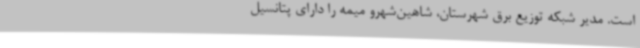
است. مدیر شبکه توزیع برق شهرستان، شاهین‌شهرو میمه را دارای پتانسیل